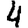
Digit: 4